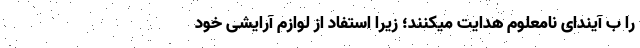
را ب آیندای نامعلوم هدایت میکنند؛ زیرا استفاد از لوازم آرایشی خود